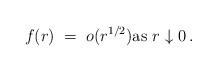
LaTeX: \begin{align*} f(r)\;=\;o(r^{1/2})\textrm{as } r\downarrow 0\,.\end{align*}